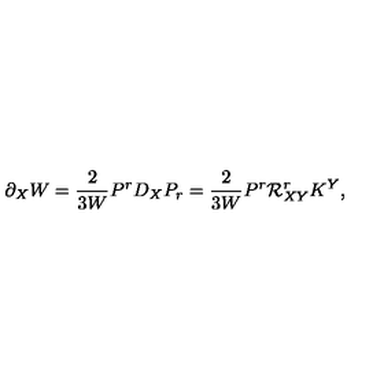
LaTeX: \partial _ { X } W = \frac { 2 } { 3 W } P ^ { r } D _ { X } P _ { r } = \frac { 2 } { 3 W } P ^ { r } { \cal R } _ { X Y } ^ { r } K ^ { Y } ,